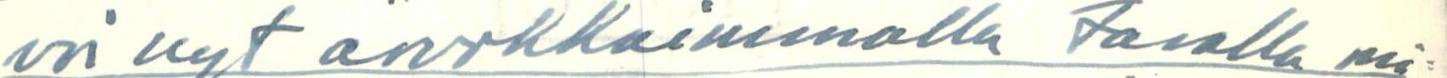
voi nyt arvokkaimmalla tavalla mi=